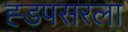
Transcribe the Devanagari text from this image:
ह्डपसरला